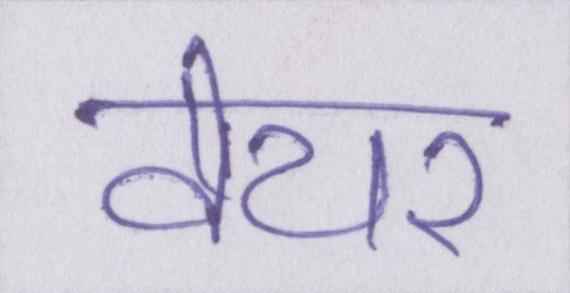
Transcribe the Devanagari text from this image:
वेयर